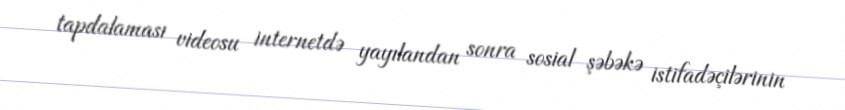
tapdalaması videosu internetdə yayılandan sonra sosial şəbəkə istifadəçilərinin